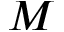
{ \cal M }